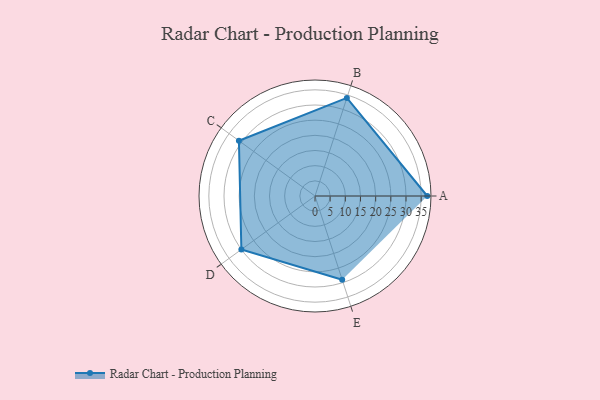
{"axis": {"x": "Skill", "y": "Score"}, "legend": ["Profile"], "data": [{"x": "A", "y": 37.0, "type": "Profile"}, {"x": "B", "y": 34.0, "type": "Profile"}, {"x": "C", "y": 31.0, "type": "Profile"}, {"x": "D", "y": 30.0, "type": "Profile"}, {"x": "E", "y": 29.0, "type": "Profile"}]}